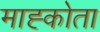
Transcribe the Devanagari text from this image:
माह्कोता